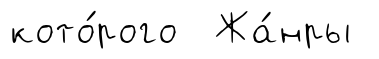
кото́рого Жа́нры